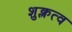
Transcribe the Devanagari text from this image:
शुक्लत्व